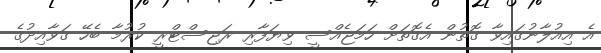
އެ އިއުލާނުގައިވާ ގޮތުން އެގޮތަށް ހަމަޖެއްސީ ވިޔަފާރި ރަޖިސްޓްރީ ކުރުމާ ބެހޭ ގަވާއިދުގެ